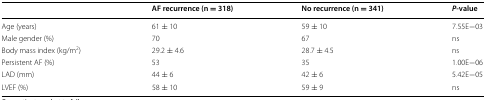
<table><thead><tr><td></td><td><b>AF recurrence (n = 318)</b></td><td><b>No recurrence (n = 341)</b></td><td><b><i>P</i>-value</b></td></tr></thead><tbody><tr><td>Age (years)</td><td>61 ± 10</td><td>59 ± 10</td><td>7.55E−03</td></tr><tr><td>Male gender (%)</td><td>70</td><td>67</td><td>ns</td></tr><tr><td>Body mass index (kg/m<sup>2</sup>)</td><td>29.2 ± 4.6</td><td>28.7 ± 4.5</td><td>ns</td></tr><tr><td>Persistent AF (%)</td><td>53</td><td>35</td><td>1.00E−06</td></tr><tr><td>LAD (mm)</td><td>44 ± 6</td><td>42 ± 6</td><td>5.42E−05</td></tr><tr><td>LVEF (%)</td><td>58 ± 10</td><td>59 ± 9</td><td>ns</td></tr></tbody></table>